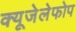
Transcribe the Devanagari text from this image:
क्‍यूजेलेफोप